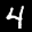
Label: 4